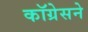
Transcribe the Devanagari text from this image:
कॉग्रेसने